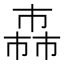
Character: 𢅈